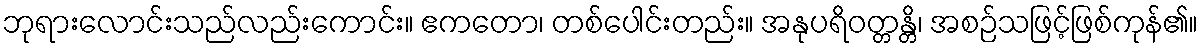
ဘုရားလောင်းသည်လည်းကောင်း။ ဧကတော၊ တစ်ပေါင်းတည်း။ အနုပရိဝတ္တန္တိ၊ အစဉ်သဖြင့်ဖြစ်ကုန်၏။